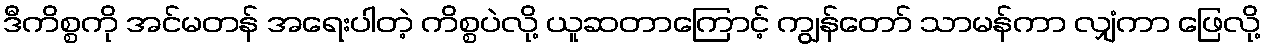
ဒီကိစ္စကို အင်မတန် အရေးပါတဲ့ ကိစ္စပဲလို့ ယူဆတာကြောင့် ကျွန်တော် သာမန်ကာ လျှံကာ ဖြေလို့